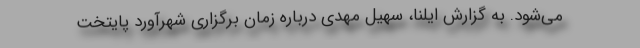
می‌شود. به گزارش ایلنا، سهیل مهدی درباره زمان برگزاری شهرآورد پایتخت